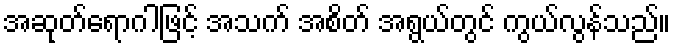
အဆုတ်ရောဂါဖြင့် အသက် အစိတ် အရွယ်တွင် ကွယ်လွန်သည်။